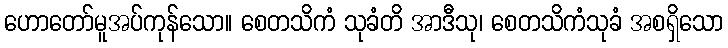
ဟောတော်မူအပ်ကုန်သော။ စေတသိကံ သုခံတိ အာဒီသု၊ စေတသိကံသုခံ အစရှိသော